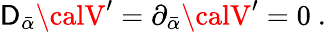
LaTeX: {\cal\mathsf{D}}_{\bar{{\alpha}}}{\calV}^{\prime}=\partial_{\bar{{\alpha}}}{\calV}^{\prime}=0\ .